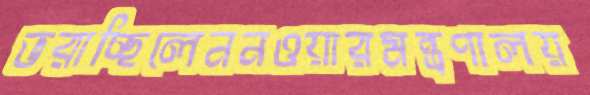
ভরাচ্ছিলেননওয়ারমন্ত্রণালয়